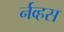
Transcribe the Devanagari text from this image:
र्नव्हस